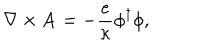
{ \bf \nabla } \times { \bf A } = - \frac { e } { \kappa } \phi ^ { \dagger } \phi ,